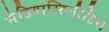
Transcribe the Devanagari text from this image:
मेडियास्टिनीटिस